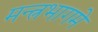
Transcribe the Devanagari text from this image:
मन्त्रभागमे